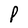
Character: P